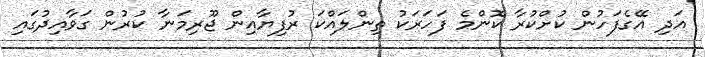
އަދި އޭގެފަހުން ކުށްކުރާ ކޮންމެ ފަހަރަކު ތިންލައްކަ ރުފިޔާއިން ޖޫރިމަނާ ކުރުން ގަވާއިދުގައި